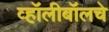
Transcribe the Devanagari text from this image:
व्हॉलीबॉलचे